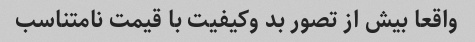
واقعا بیش از تصور بد وکیفیت با قیمت نامتناسب